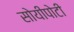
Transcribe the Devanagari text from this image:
सोयीपोटी